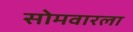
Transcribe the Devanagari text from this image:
सोमवारला